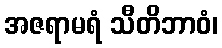
အဇရာမရံ သီတိဘာဝံ၊